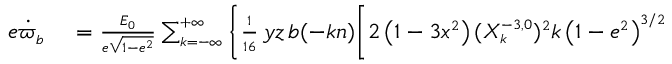
\small \begin{array} { r l } { e \dot { \varpi } _ { b } } & { { } = \frac { { \cal E } _ { 0 } } { e \sqrt { 1 - e ^ { 2 } } } \sum _ { k = - \infty } ^ { + \infty } \Bigg \{ \frac { 1 } { 1 6 } \, y z \, b ( - k n ) \bigg [ 2 \left( 1 - 3 x ^ { 2 } \right) ( X _ { k } ^ { - 3 , 0 } ) ^ { 2 } k \left( 1 - e ^ { 2 } \right) ^ { 3 / 2 } } \end{array}